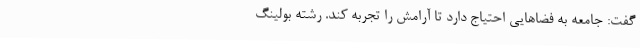
گفت: جامعه به فضاهایی احتیاج دارد تا آرامش را تجربه کند. رشته بولینگ